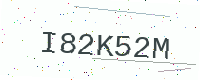
Text: I82K52M